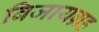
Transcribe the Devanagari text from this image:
बिजायग्रह